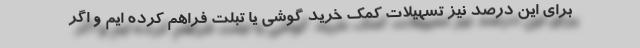
برای این درصد نیز تسهیلات کمک خرید گوشی یا تبلت فراهم کرده ایم و اگر